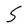
Character: S